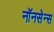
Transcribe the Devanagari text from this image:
नॉनसेन्स